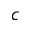
c